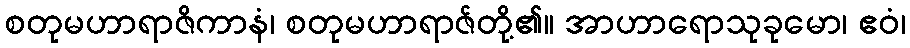
စတုမဟာရာဇိကာနံ၊ စတုမဟာရာဇ်တို့၏။ အာဟာရောသုခုမော၊ ဧဝံ၊